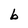
Character: b